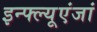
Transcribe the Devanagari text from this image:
इन्फ्ल्यूएंजां